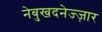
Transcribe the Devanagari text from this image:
नेबुखदनेज्ज़ार